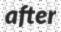
after